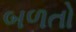
બળતો